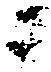
ニ